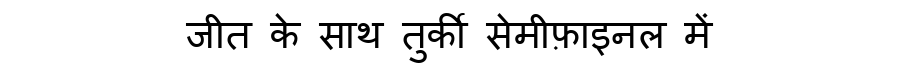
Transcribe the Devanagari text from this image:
जीत के साथ तुर्की सेमीफ़ाइनल में